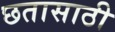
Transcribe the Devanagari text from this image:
छतासाठी